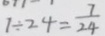
1 \div 2 4 = \frac { 7 } { 2 4 }